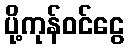
ပို့ကုန်ဝင်ငွေ